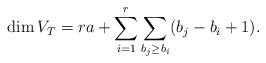
LaTeX: \begin{align*}\dim V_T=ra+\sum_{i=1}^r\sum_{b_j\geq b_i}(b_j-b_i+1).\end{align*}